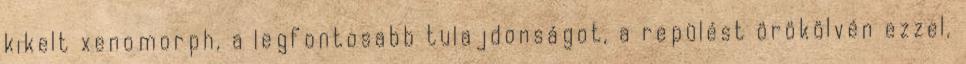
kikelt xenomorph, a legfontosabb tulajdonságot, a repülést örökölvén ezzel,